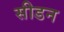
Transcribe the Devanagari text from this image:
सीडन